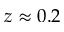
z \approx 0 . 2